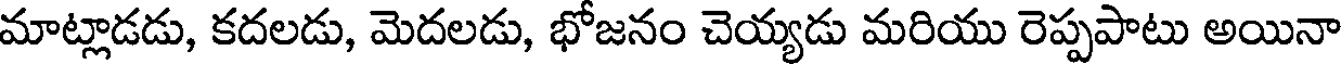
మాట్లాడడు, కదలడు, మెదలడు, భోజనం చెయ్యడు మరియు రెప్పపాటు అయినా